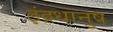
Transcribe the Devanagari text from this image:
इंद्रधानुष